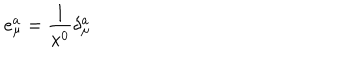
e _ { \mu } ^ { a } = \frac { 1 } { x ^ { 0 } } \delta _ { \mu } ^ { a }